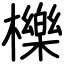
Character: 櫟